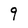
Character: 9